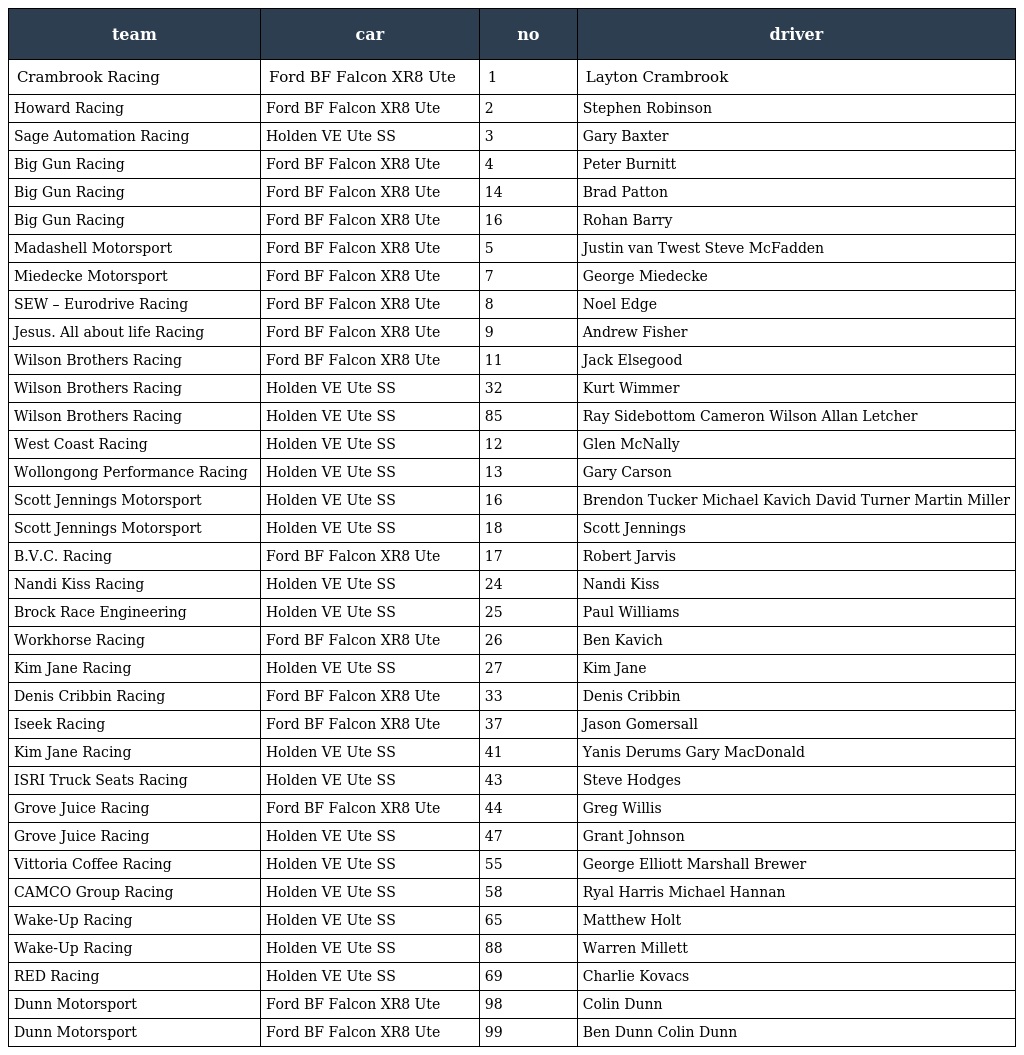
| team | car | no | driver |
 | --- | --- | --- | --- |
 | Crambrook Racing | Ford BF Falcon XR8 Ute | 1 | Layton Crambrook |
 | Howard Racing | Ford BF Falcon XR8 Ute | 2 | Stephen Robinson |
 | Sage Automation Racing | Holden VE Ute SS | 3 | Gary Baxter |
 | Big Gun Racing | Ford BF Falcon XR8 Ute | 4 | Peter Burnitt |
 | Big Gun Racing | Ford BF Falcon XR8 Ute | 14 | Brad Patton |
 | Big Gun Racing | Ford BF Falcon XR8 Ute | 16 | Rohan Barry |
 | Madashell Motorsport | Ford BF Falcon XR8 Ute | 5 | Justin van Twest Steve McFadden |
 | Miedecke Motorsport | Ford BF Falcon XR8 Ute | 7 | George Miedecke |
 | SEW – Eurodrive Racing | Ford BF Falcon XR8 Ute | 8 | Noel Edge |
 | Jesus. All about life Racing | Ford BF Falcon XR8 Ute | 9 | Andrew Fisher |
 | Wilson Brothers Racing | Ford BF Falcon XR8 Ute | 11 | Jack Elsegood |
 | Wilson Brothers Racing | Holden VE Ute SS | 32 | Kurt Wimmer |
 | Wilson Brothers Racing | Holden VE Ute SS | 85 | Ray Sidebottom Cameron Wilson Allan Letcher |
 | West Coast Racing | Holden VE Ute SS | 12 | Glen McNally |
 | Wollongong Performance Racing | Holden VE Ute SS | 13 | Gary Carson |
 | Scott Jennings Motorsport | Holden VE Ute SS | 16 | Brendon Tucker Michael Kavich David Turner Martin Miller |
 | Scott Jennings Motorsport | Holden VE Ute SS | 18 | Scott Jennings |
 | B.V.C. Racing | Ford BF Falcon XR8 Ute | 17 | Robert Jarvis |
 | Nandi Kiss Racing | Holden VE Ute SS | 24 | Nandi Kiss |
 | Brock Race Engineering | Holden VE Ute SS | 25 | Paul Williams |
 | Workhorse Racing | Ford BF Falcon XR8 Ute | 26 | Ben Kavich |
 | Kim Jane Racing | Holden VE Ute SS | 27 | Kim Jane |
 | Denis Cribbin Racing | Ford BF Falcon XR8 Ute | 33 | Denis Cribbin |
 | Iseek Racing | Ford BF Falcon XR8 Ute | 37 | Jason Gomersall |
 | Kim Jane Racing | Holden VE Ute SS | 41 | Yanis Derums Gary MacDonald |
 | ISRI Truck Seats Racing | Holden VE Ute SS | 43 | Steve Hodges |
 | Grove Juice Racing | Ford BF Falcon XR8 Ute | 44 | Greg Willis |
 | Grove Juice Racing | Holden VE Ute SS | 47 | Grant Johnson |
 | Vittoria Coffee Racing | Holden VE Ute SS | 55 | George Elliott Marshall Brewer |
 | CAMCO Group Racing | Holden VE Ute SS | 58 | Ryal Harris Michael Hannan |
 | Wake-Up Racing | Holden VE Ute SS | 65 | Matthew Holt |
 | Wake-Up Racing | Holden VE Ute SS | 88 | Warren Millett |
 | RED Racing | Holden VE Ute SS | 69 | Charlie Kovacs |
 | Dunn Motorsport | Ford BF Falcon XR8 Ute | 98 | Colin Dunn |
 | Dunn Motorsport | Ford BF Falcon XR8 Ute | 99 | Ben Dunn Colin Dunn |